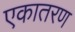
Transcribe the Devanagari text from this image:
एकातरण